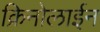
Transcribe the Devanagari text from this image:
क्रिनोलाईन